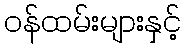
ဝန်ထမ်းများနှင့်